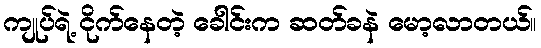
ကျုပ်ရဲ့ ငိုက်နေတဲ့ ခေါင်းက ဆတ်ခနဲ မော့လာတယ်။